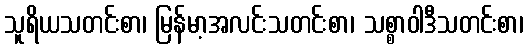
သူရိယသတင်းစာ၊ မြန်မာ့အလင်းသတင်းစာ၊ သစ္စာဝါဒီသတင်းစာ၊